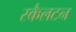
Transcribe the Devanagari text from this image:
स्कैलटन